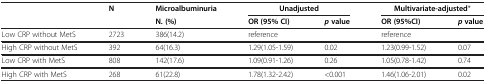
|  | N | Microalbuminuria | <COLSPAN=2> Unadjusted | <COLSPAN=2> Multivariate-adjusted* |
 |  |  | N. (%) | OR (95% CI) | pvalue | OR (95%CI) | pvalue |
 | --- | --- | --- | --- | --- | --- | --- |
 | Low CRP without MetS | 2723 | 386(14.2) | reference |  | reference |  |
 | High CRP without MetS | 392 | 64(16.3) | 1.29(1.05-1.59) | 0.02 | 1.23(0.99-1.52) | 0.07 |
 | Low CRP with MetS | 808 | 142(17.6) | 1.09(0.91-1.26) | 0.26 | 1.05(0.78-1.42) | 0.74 |
 | High CRP with MetS | 268 | 61(22.8) | 1.78(1.32-2.42) | <0.001 | 1.46(1.06-2.01) | 0.02 |